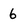
Character: 6